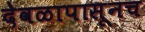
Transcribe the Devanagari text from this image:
देवळापासूनच